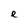
Character: e